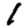
Digit: 1